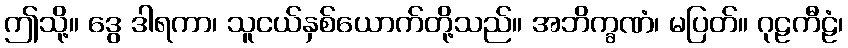
ဤသို့။ ဒွေ ဒါရကာ၊ သူငယ်နှစ်ယောက်တို့သည်။ အဘိက္ခဏံ၊ မပြတ်။ ဂုဠကီဠံ၊